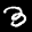
Label: 3